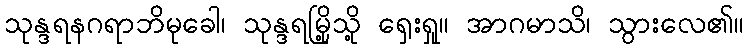
သုန္ဒရနဂရာဘိမုခေါ၊ သုန္ဒရမြို့သို့ ရှေးရှု။ အာဂမာသိ၊ သွားလေ၏။